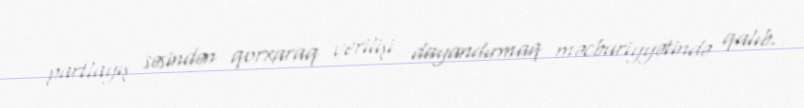
partlayış səsindən qorxaraq verilişi dayandırmaq məcburiyyətində qalıb.